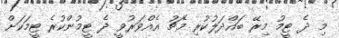
މި ދެ ޓީމު މިރޭ ބައްދަލުކުރި މެޗު އެއްވަރުވީ ދެ ޓީމުންކުރެ ޓީމަކަށް